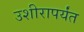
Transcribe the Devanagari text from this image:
उशीरापर्यंत